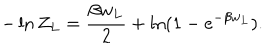
- \ln Z _ { L } = { \frac { \beta w _ { L } } { 2 } } + \ln ( 1 - e ^ { - \beta w _ { L } } ) .